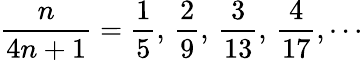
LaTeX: {\frac{n}{4n+1}}={\frac{1}{5}},\, {\frac{2}{9}},\, {\frac{3}{13}},\, {\frac{4}{17}},\cdots